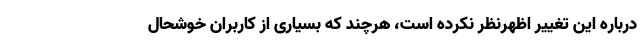
درباره این تغییر اظهرنظر نکرده است، هرچند که بسیاری از کاربران خوشحال